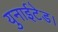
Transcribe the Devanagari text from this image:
युनाईटेड।